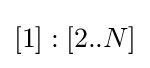
[1]:[2..N]